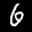
Label: 6